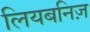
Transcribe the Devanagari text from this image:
लियबनिज़